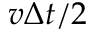
v \Delta t / 2